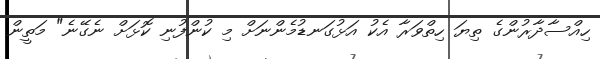
ހިއްސާދާރުންގެ ތިޔަ ހިތްވަރާ އެކު އަޅުގަނޑުމެންނަށް މި ކުންފުނި ކޮޅަށް ނެގޭނެ" މަތީން